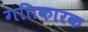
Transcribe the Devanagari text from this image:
गतिकारक